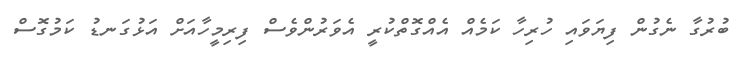
ބުރުގާ ނެގުން ފިޔަވައި ހުރިހާ ކަމެއް އެއްގޮތްކުރީ އެވަރުންވެސް ފިރިމީހާއަށް އަޅުގަނޑު ކަމުގޮސް